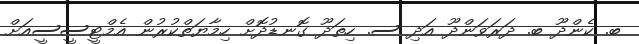
ބ. ކެންދޫ ބ. ދަރަވަންދޫ އަދި ސ. ހިތަދޫ ގޮނޑުދޮށް ހިމާޔަތްކުރުން އެމްޓީސީސީއަށް